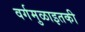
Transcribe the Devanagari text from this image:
वर्गमुळाइतकी